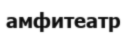
амфитеатр